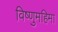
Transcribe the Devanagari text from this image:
विष्णुमहिमा